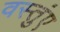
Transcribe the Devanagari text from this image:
वस्तुंए